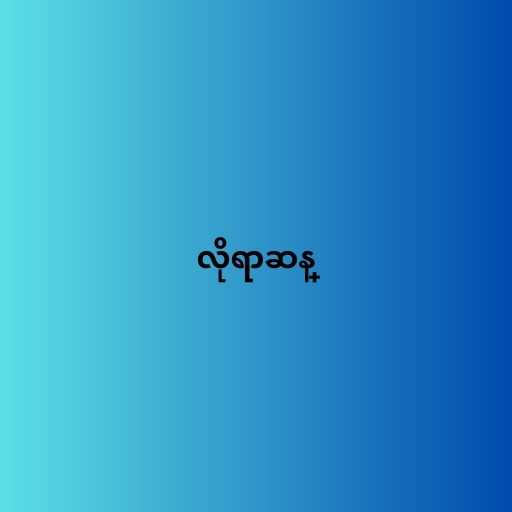
လိုရာဆန္